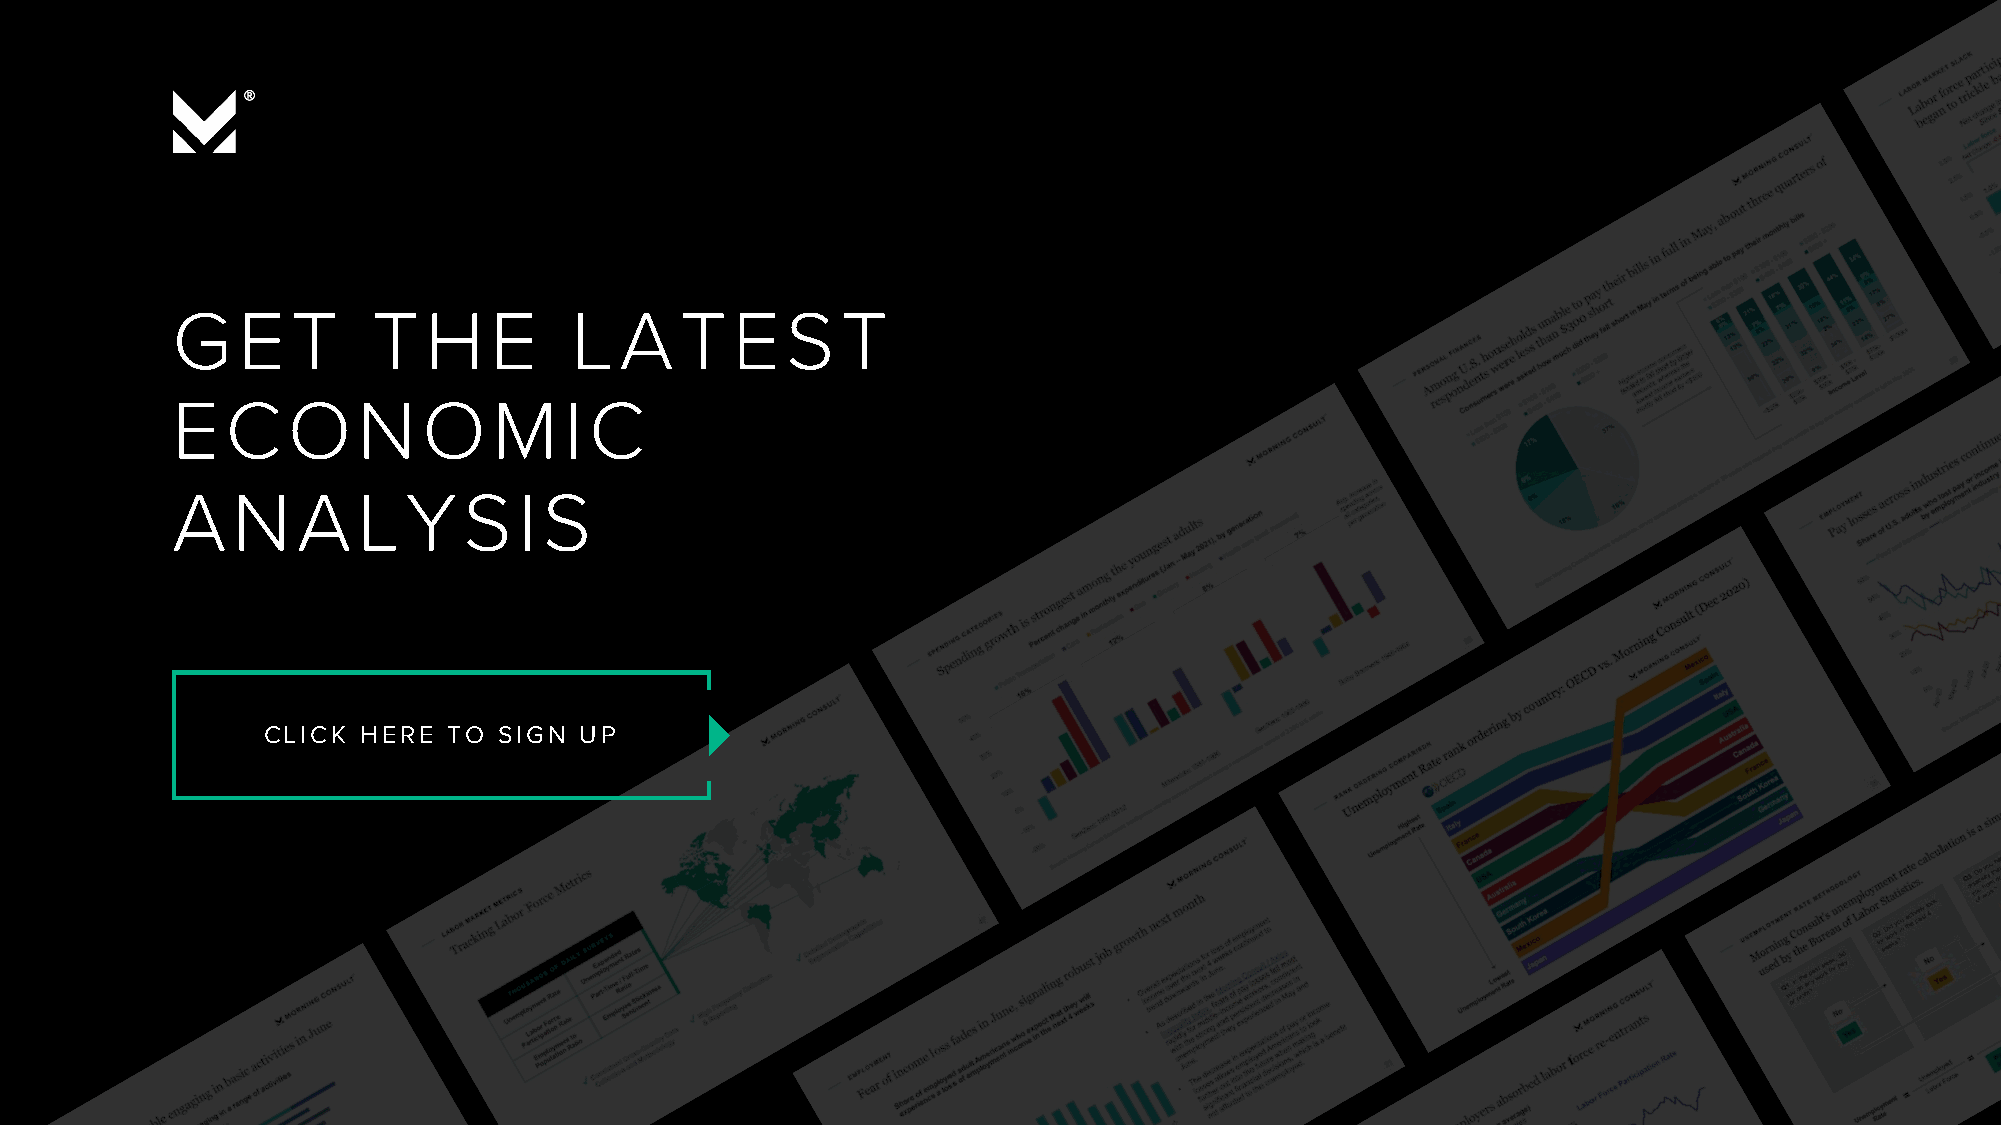
G    ET       TH     E     LATES             T
 ECON             OM       IC
 AN       ALY        SIS
 CLICK  HERE  TO SIGN UP